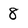
Character: 8